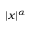
| x | ^ { \alpha }